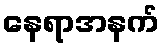
နေရာအနက်